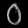
Digit: ၀